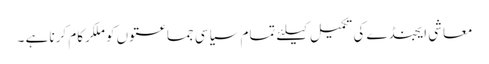
معاشی ایجنڈے کی تکمیل کیلئے تمام سیاسی جماعتوں کو ملکرکام کرنا ہے ۔